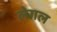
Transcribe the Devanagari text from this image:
लेगल